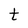
Character: t